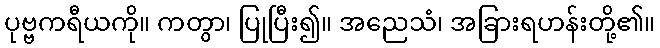
ပုဗ္ဗကရီယကို။ ကတွာ၊ ပြုပြီး၍။ အညေသံ၊ အခြားရဟန်းတို့၏။